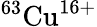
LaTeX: ^{63}\mathrm{Cu}^{16+}